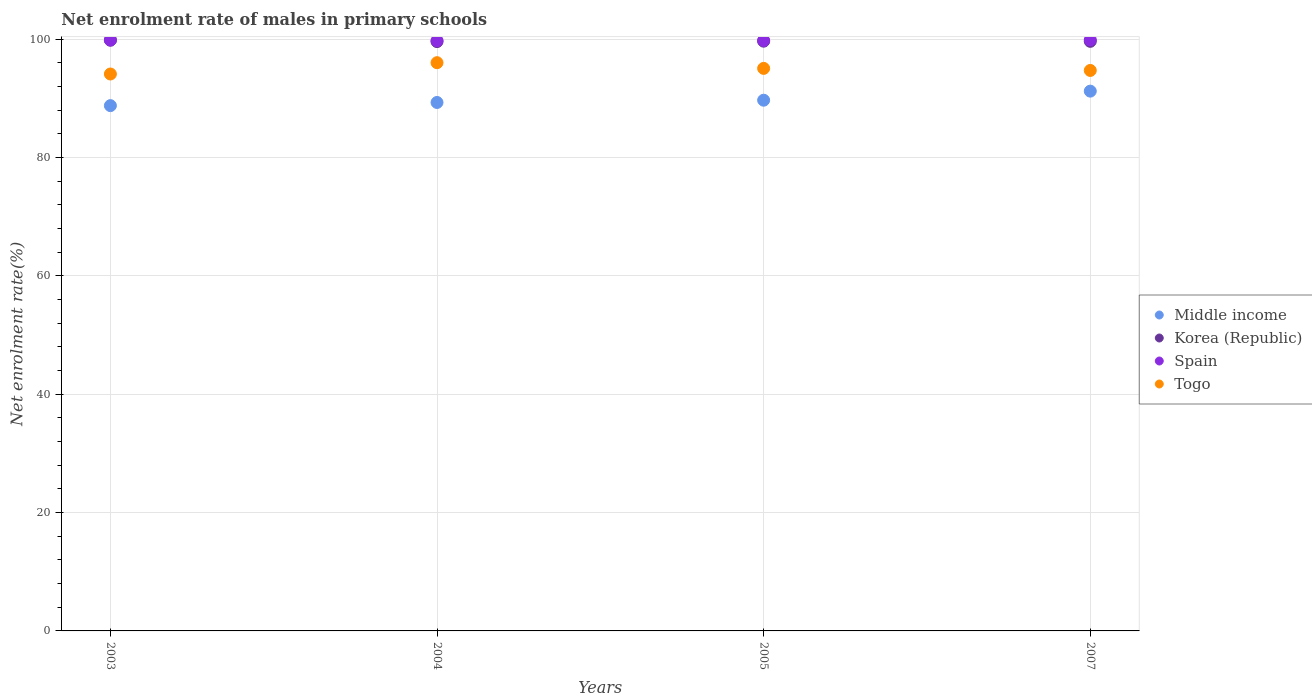
| Years | Middle income | Korea (Republic) | Spain | Togo |
 | --- | --- | --- | --- | --- |
 | 2003 | 88.8 | 99.8 | 99.8 | 94.1 |
 | 2004 | 89.3 | 99.6 | 99.7 | 96 |
 | 2005 | 89.7 | 99.6 | 99.8 | 95.1 |
 | 2007 | 91.2 | 99.6 | 99.9 | 94.7 |